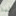
لذا